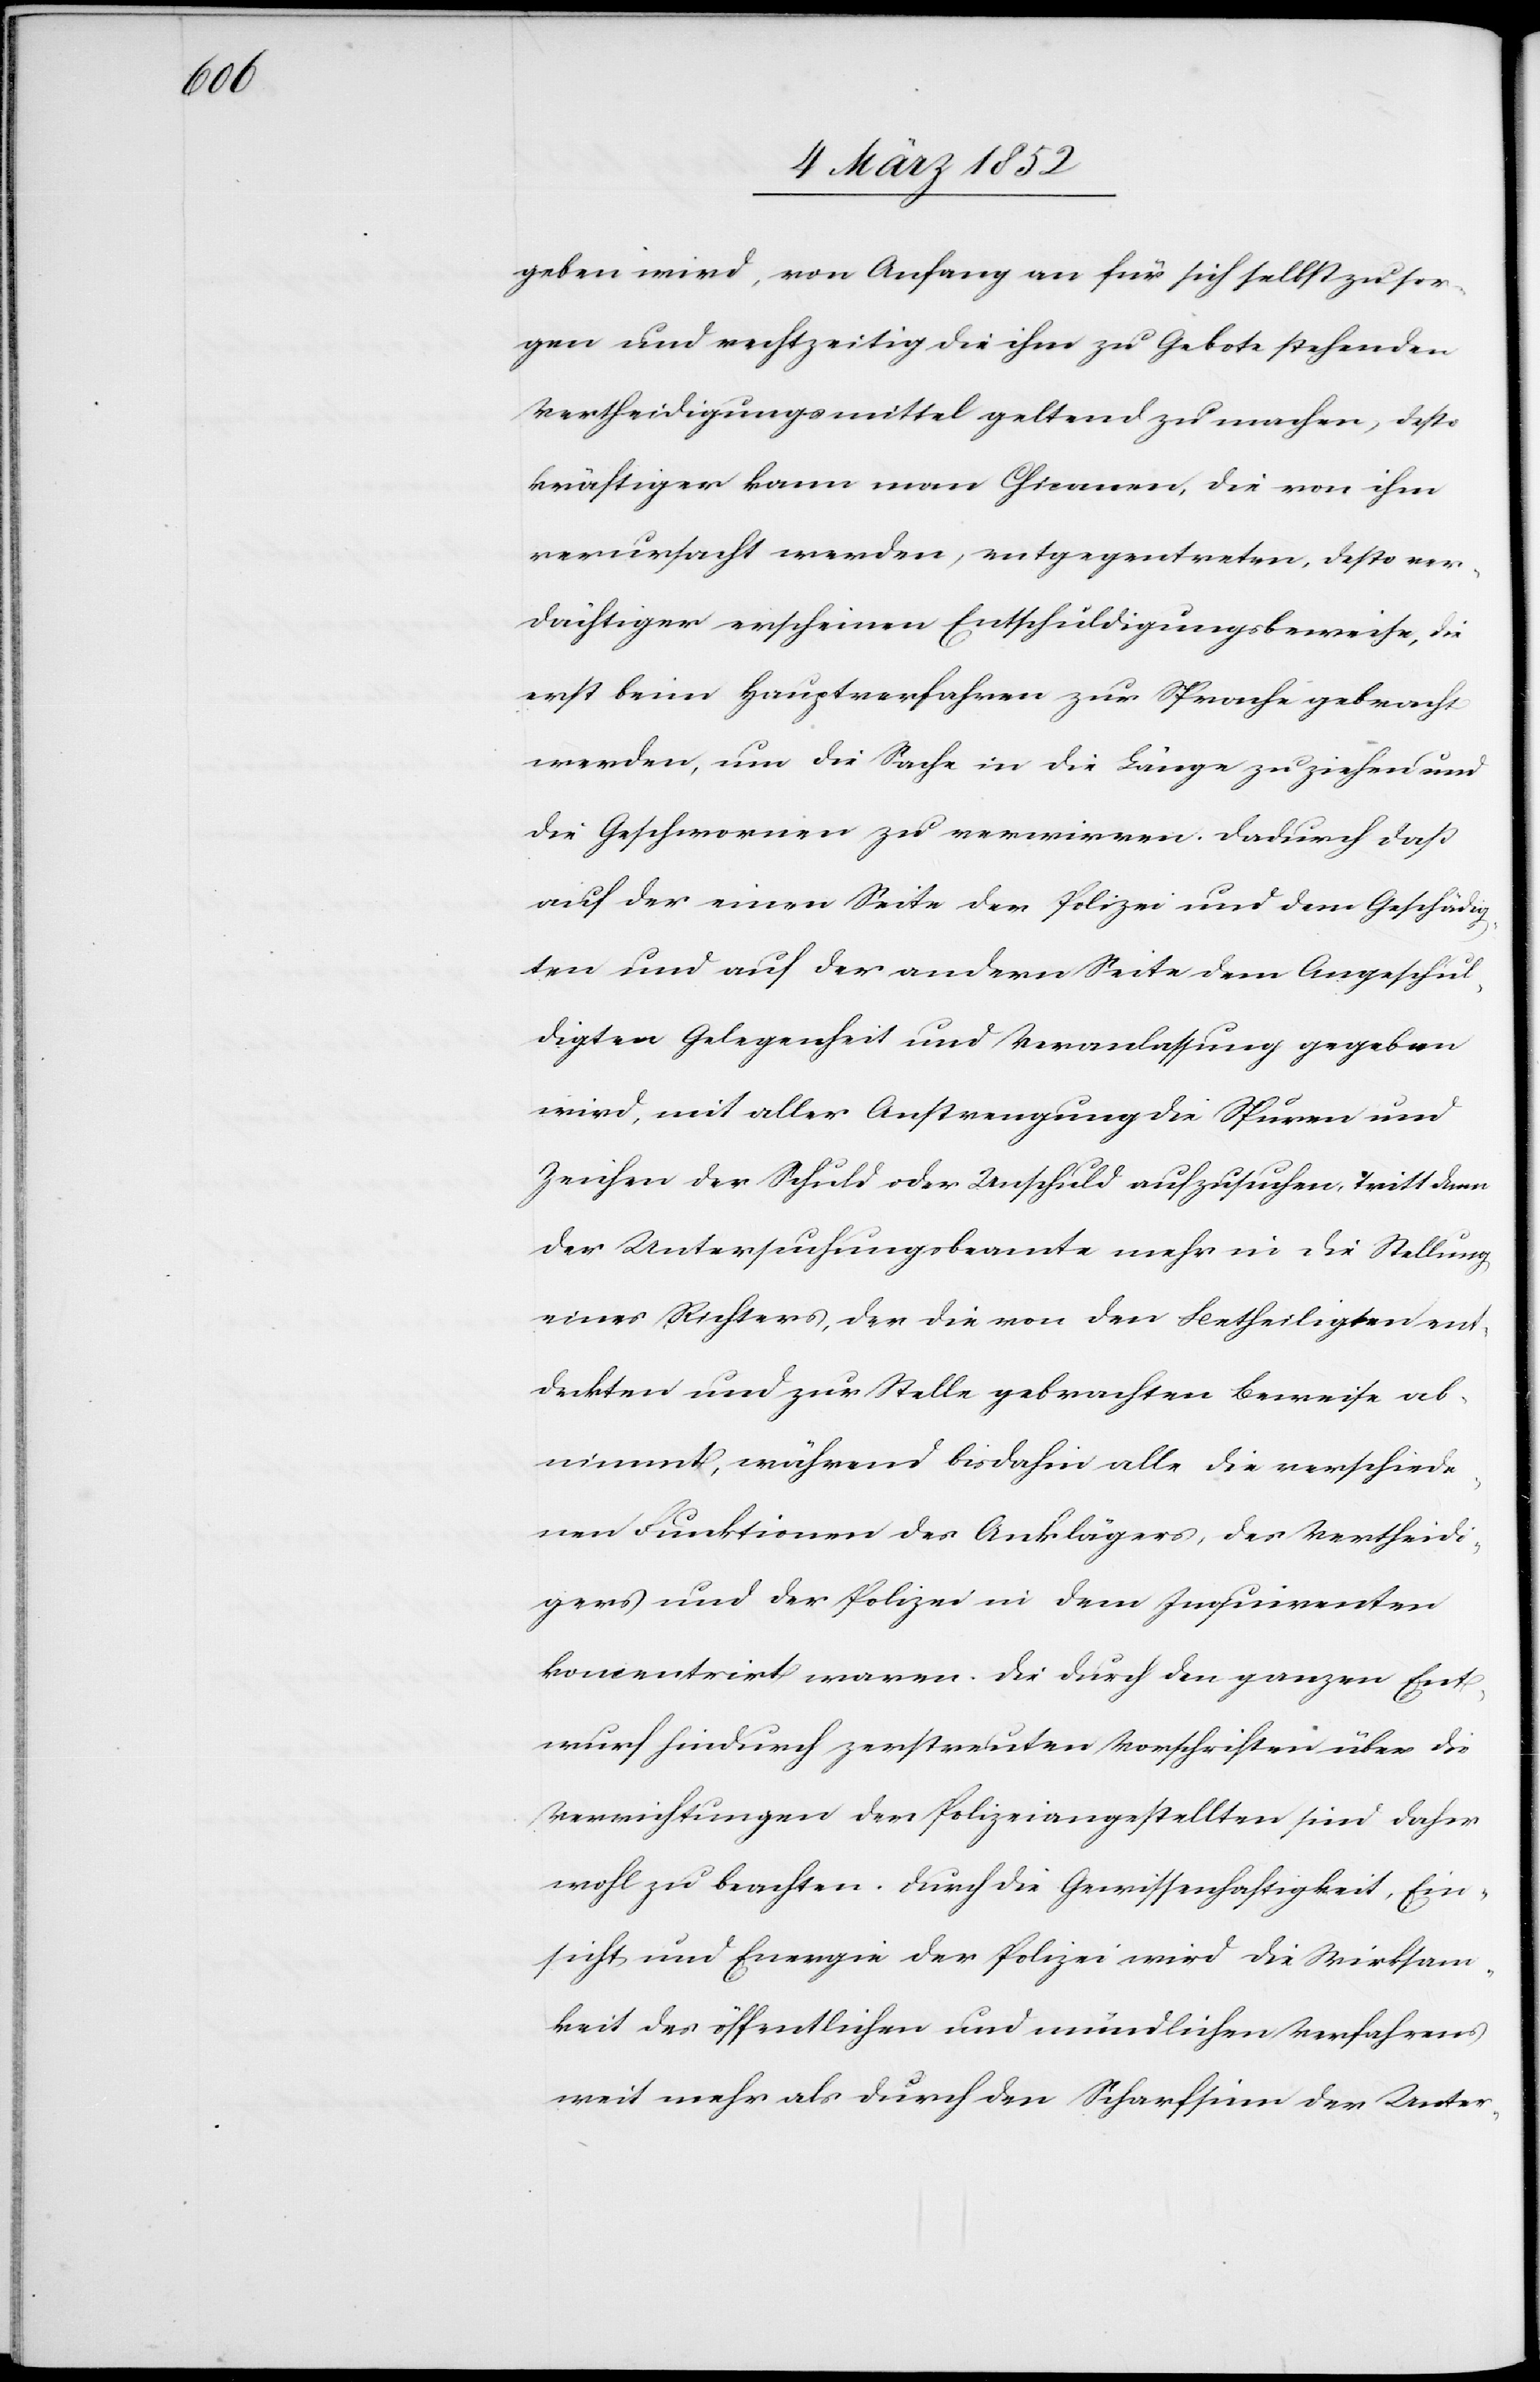
geben wird, von Anfang an für sich selbst zu sor¬
gen und rechtzeitig die ihm zu Gebote stehenden
Vertheidigungsmittel geltend zu machen, desto
kräftiger kann man Chicanen, die von ihm
verursacht werden, entgegentreten, desto ver¬
dächtiger erscheinen Entschädigungsbeweise, die
erst beim Hauptverfahren zur Sprache gebracht
werden, um die Sache in die Länge zu ziehen und
die Geschwornen zu verwirren. Dadurch daß
auf der einen Seite der Polizei und dem Geschädig¬
ten und auf der andern Seite dem Angeschul¬
digten Gelegenheit und Veranlassung gegeben
wird, mit aller Anstrengung die Spuren und
Zeichen der Schuld oder Unschuld aufzusuchen, tritt dann
der Untersuchungsbeamte mehr in die Stellung
eines Richters, der die von den Betheiligten ent¬
deckten und zur Stelle gebrachten Beweise ab¬
nimmt, während bisdahin alle die verschiede¬
nen Funktionen des Anklägers, des Vertheid¬
igers und der Polizei in dem Inquirenten
koncentrirt waren. Die durch den ganzen Ent¬
wurf hindurch zerstreuten Vorschriften über die
Verrichtungen der Polizeiangestellten sind daher
wohl zu beachten. Durch die Gewissenhaftigkeit, Ein¬
sicht und Energie der Polizei wird die Wirksam¬
keit des öffentlichen und mündlichen Verfahrens
weit mehr als durch den Scharfsinn der Unter-